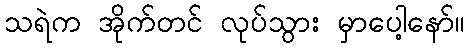
သရဲက အိုက်တင် လုပ်သွား မှာပေါ့နော်။